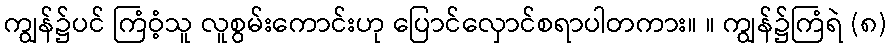
ကျွန်၌ပင် ကြံဝံ့သူ လူစွမ်းကောင်းဟု ပြောင်လှောင်စရာပါတကား။ ။ ကျွန်၌ကြံရဲ (၈)